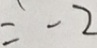
= - 2